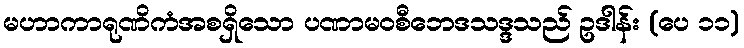
မဟာကာရုဏိကံအစရှိသော ပဏာမဝစီဘေဒသဒ္ဒသည် ဥဒါန်း (ပေ ၁၁)